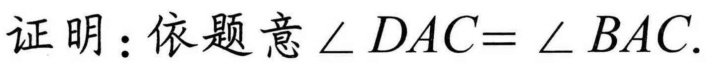
证明：依题意\(\angle DAC = \angle BAC\).